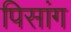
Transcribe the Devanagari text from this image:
पिसांग